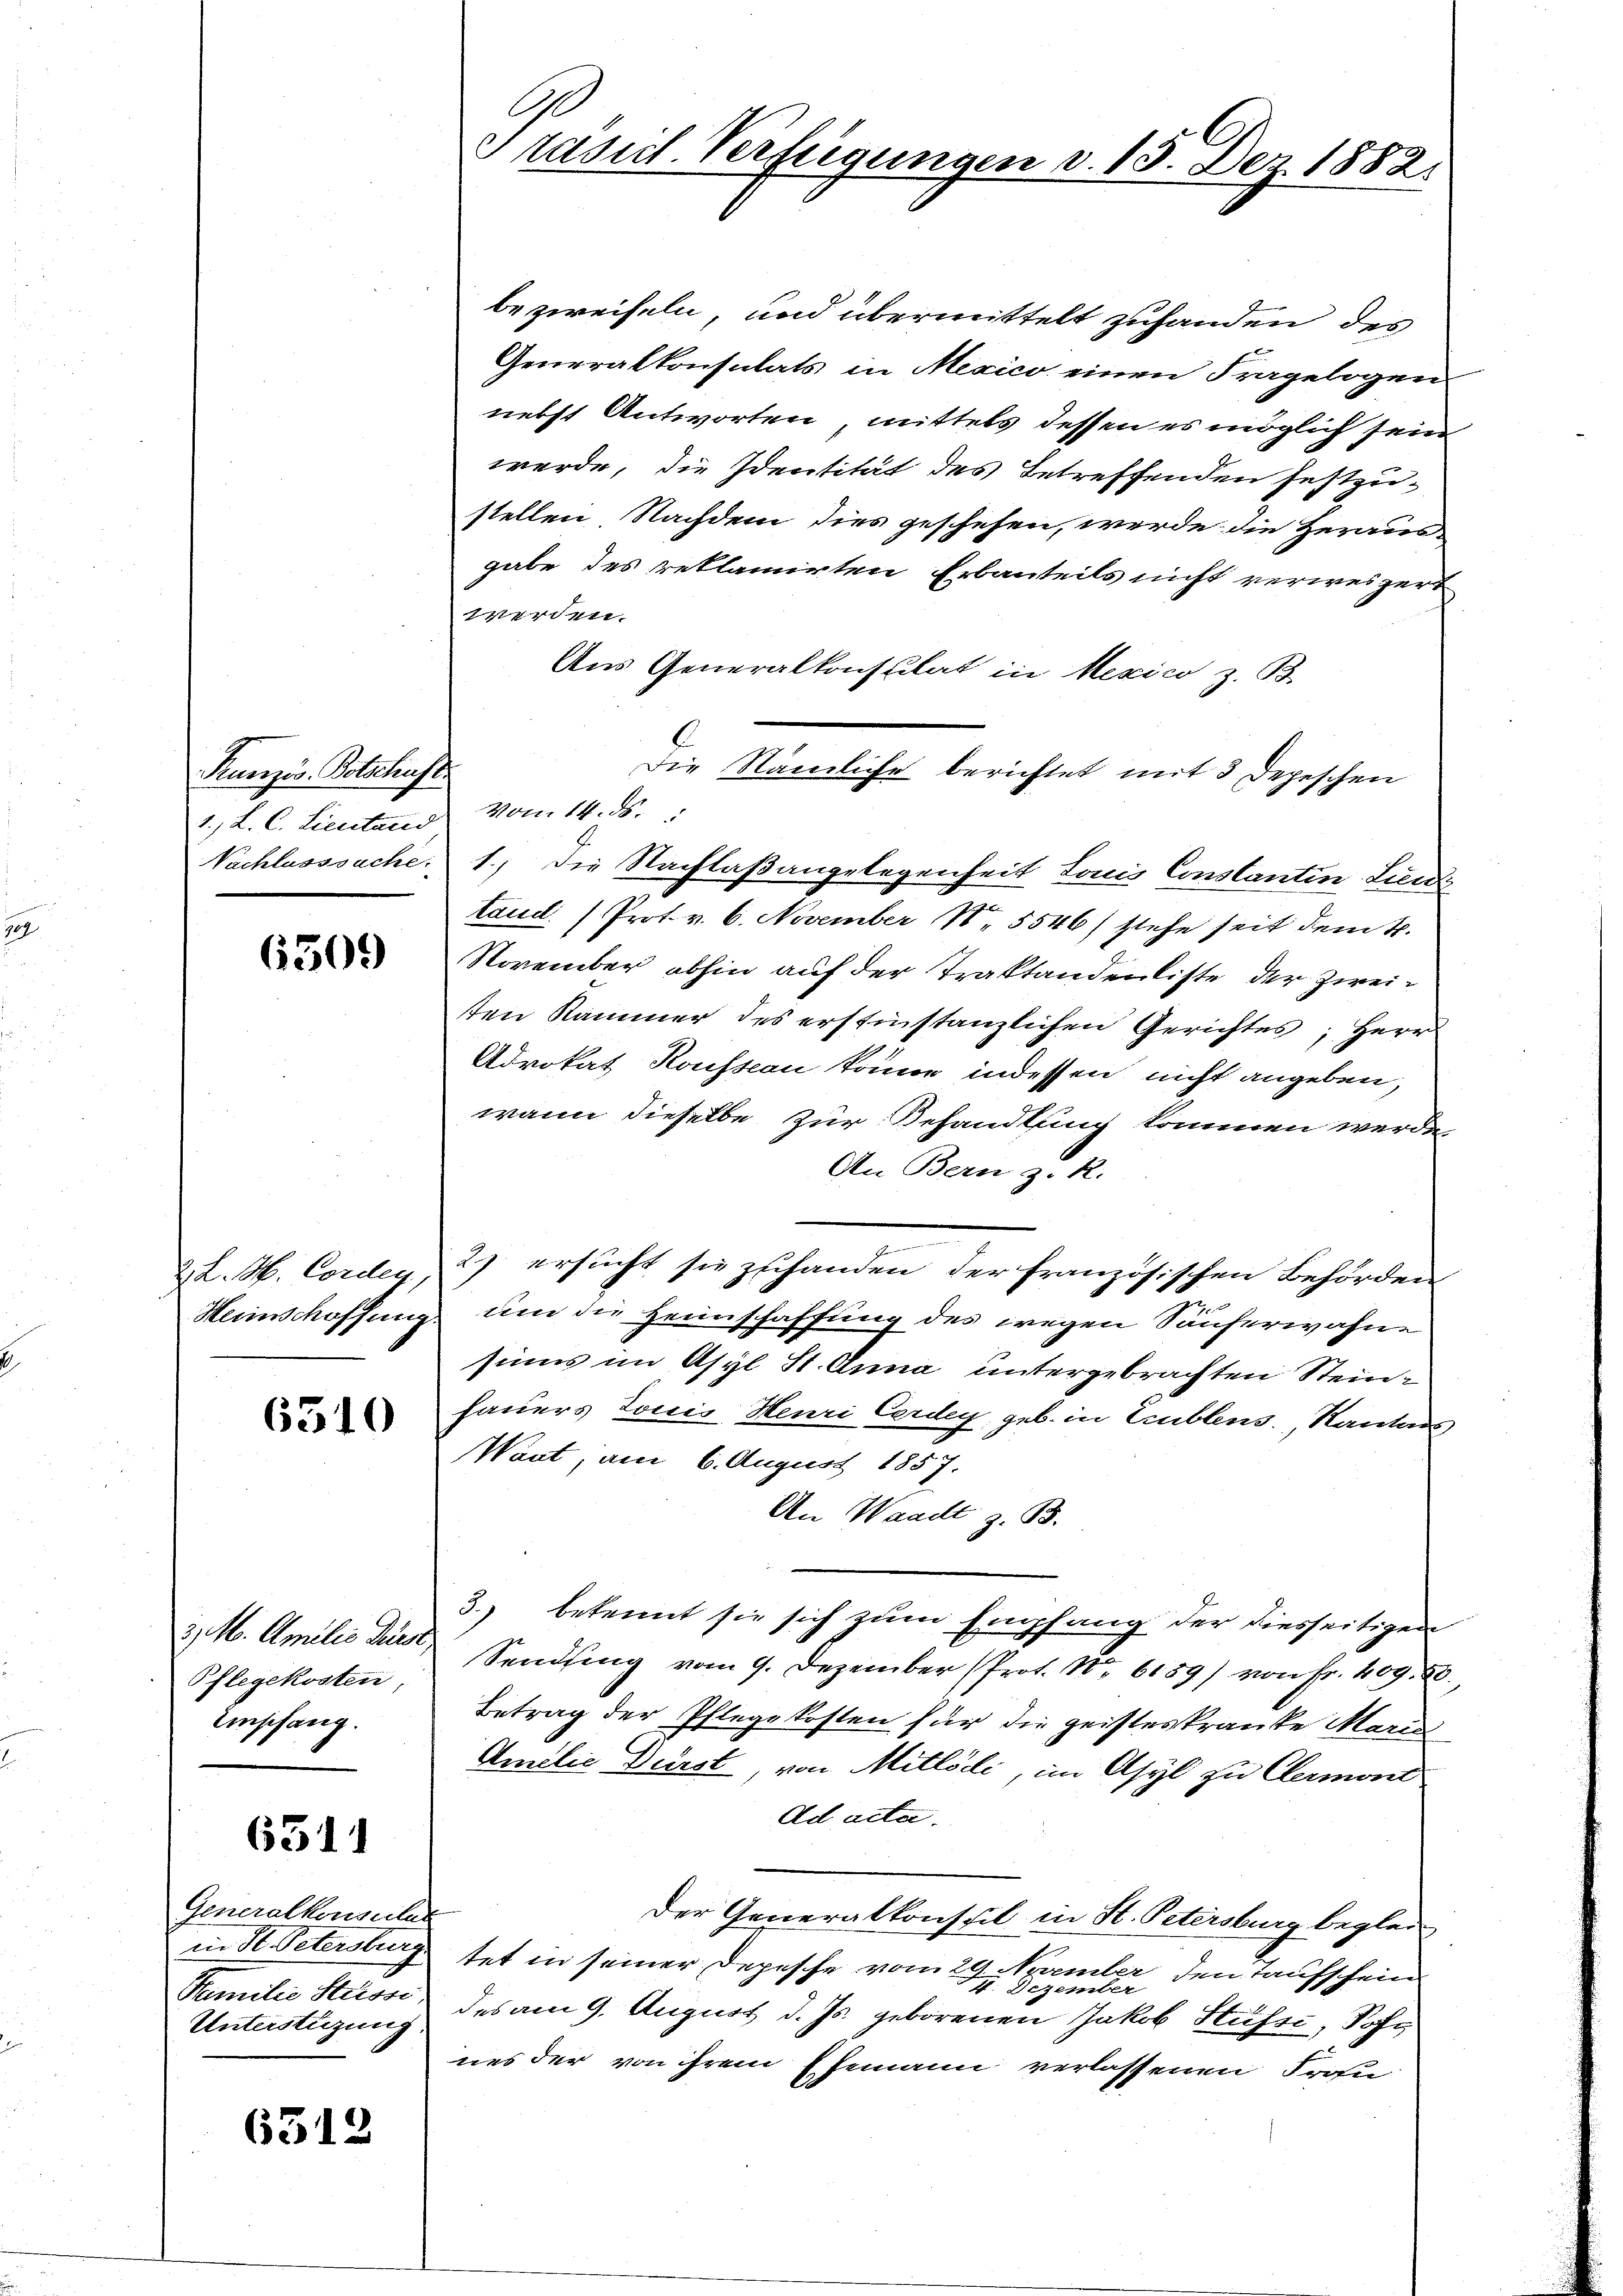
Ruerzös-Botschaft
1., L. C. Lieutand vom 14. ds.

6509

ZL. H. Corden,

6510

3. M. Amilie Dies
Pflegekosten
Umschang.

6311

Generalkonseiter
in H. Petersburg
Samilie Hesse
Unterstüzung.

6312

bezweifeln, und übermittelt zuhanden des
Generalkonsulats in Mexico einen Fragelogen
nebst Antworten, mittels dessen es möglich sein
werde, die Identität des Betreffenden festzustellen. Nachdem dies geschehen, werde die Herausgabe des reklamirten Erbauteils nicht verweizert
werden.
Aus Generalkonstilat in Mexico z. B.
Nachlasssache: 1.) Die Nachlaßangelegenheit Louis Constantin Lieni
taud (Prot. v. 6. November N. 5546) stehe seit dem k.
November abhin auf der Traktandenliste der Zweiten Kammer des erstinstanzlichen Gerichtes, Herr
Advokat Rousson könne indessen nicht angeben,
wann dieselbe zur Behandlung kommen werde,
An Bern z. R.
2) ersucht sie zuhanden der französischen Behörden
Heinschaffung um die Heimschaffung des wegen Säuferwähnsinns im Asyl St. Anna untergebrachten Steinhauers Louis Henri Cardey, geb. in Trublens, Kantons
Want, am 6. August 1857.
An Waadt z. B.
3.) bekannt sie sich zum Empfang der diesseitigen
Sendung vom 9. Dezember (Prot. No. 6159) von Fr. 409. R.,
Betrag der Pflegekosten für die geisteskranke Maria
Amilie Durst, von Mitlödi, im Asyl zu Clermond
Ad acta.
Der Generalkonseil in St. Petersburg begler
tet in seiner Depesche vom 29. unter den Taufschein
des am 9. August d. Js. geborenen Jakob Stufe, Sohnes der von ihrem Ehemann verlassenen Frohn

Prasil. Verfügungen v. 13. Der 1882.

Die Nämliche berichtet mit 3 Depeschen